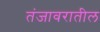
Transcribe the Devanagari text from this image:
तंजावरातील